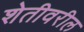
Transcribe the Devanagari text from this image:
शेतीवरील